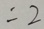
= 2